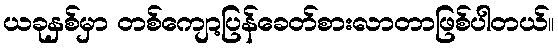
ယခုနှစ်မှာ တစ်ကျော့ပြန်ခေတ်စားလာတာဖြစ်ပါတယ်။